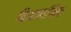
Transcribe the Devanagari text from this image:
विअज्ञानिक